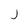
Character: J